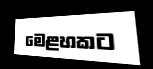
මෙළහකට